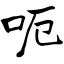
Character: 呃